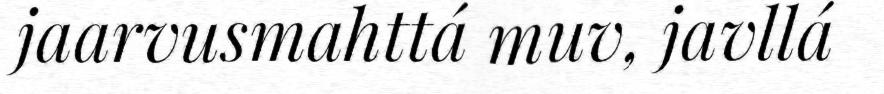
jaarvusmahttá muv, javllá